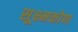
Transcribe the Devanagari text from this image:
सूक्ष्मकोण